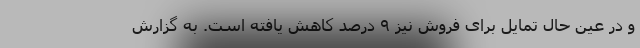
و در عین حال تمایل برای فروش نیز ۹ درصد کاهش یافته است. به گزارش